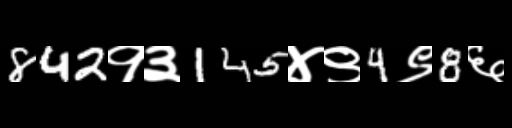
Text: 842१३145४९4९8६